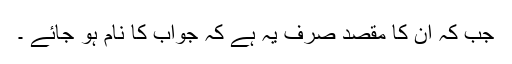
جب کہ ان کا مقصد صرف یہ ہے کہ جواب کا نام ہو جائے ۔